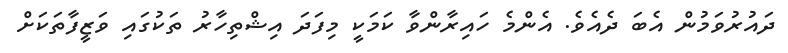
ދައުރުވަމުން އެބަ ދެއެވެ. އެންމެ ހައިރާންވާ ކަމަކީ މިފަދަ އިޝްތިހާރު ތަކުގައި ވަޒީފާތަކަށް